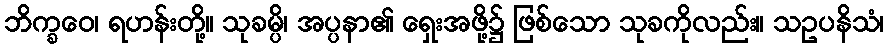
ဘိက္ခဝေ၊ ရဟန်းတို့။ သုခမ္ပိ၊ အပ္ပနာ၏ ရှေးအဖို့၌ ဖြစ်သော သုခကိုလည်း။ သဥပနိသံ၊